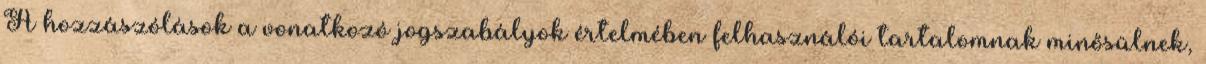
A hozzászólások a vonatkozó jogszabályok értelmében felhasználói tartalomnak minősülnek,